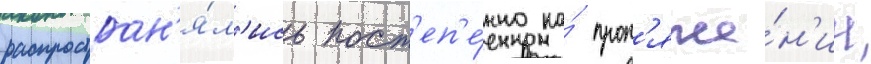
распростран'я́л'ись пост'еп'е́нно на́ прот'яже́н'ии